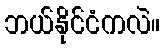
ဘယ်နိုင်ငံကလဲ။